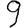
Digit: 9